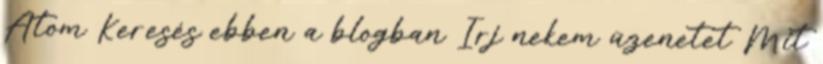
Atom Keresés ebben a blogban Írj nekem üzenetet Mit